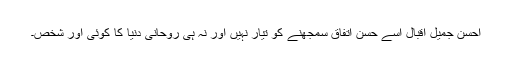
احسن جمیل اقبال اسے حسن اتفاق سمجھنے کو تیار نہیں اور نہ ہی روحانی دنیا کا کوئی اور شخص۔